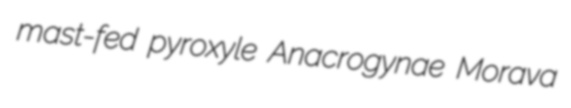
mast-fed pyroxyle Anacrogynae Morava